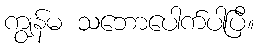
ကျွန်မ သဘောပေါက်ပါပြီ။